Report of the Imperial Institute of Veterinary Research, Muktesar
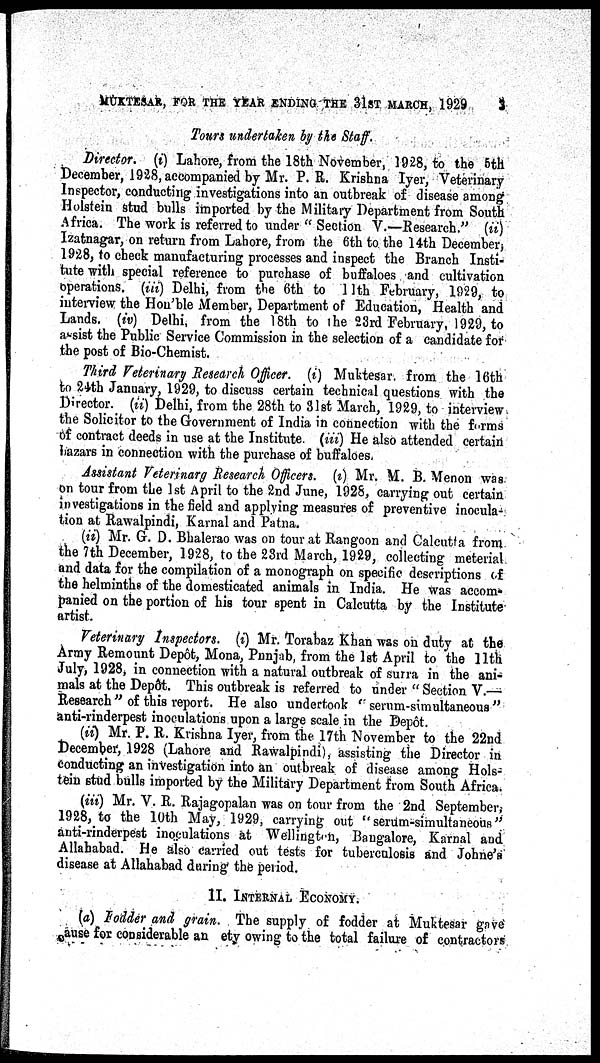
MUKTESAR, FOR THE YEAR ENDING THE 31ST MARCH, 1929
3
Tours undertaken by the Staff.
Director. (i) Lahore, from the 18th November, 1928, to the 5th
December, 1928, accompanied by Mr. P. R. Krishna Iyer, Veterinary
Inspector, conducting investigations into an outbreak of disease among
Holstein stud bulls imported by the Military Department from South
Africa. The work is referred to under " Section V.—Research." (ii)
Izatnagar, on return from Lahore, from the 6th to the 14th December,
1928, to check manufacturing processes and inspect the Branch Insti-
tute with special reference to purchase of buffaloes and cultivation
operations. (iii) Delhi, from the 6th to 11th February, 1929, to
interview the Hon'ble Member, Department of Education, Health and
Lands. (iv) Delhi, from the 18th to the 23rd February, 1929, to
assist the Public Service Commission in the selection of a candidate for
the post of Bio-Chemist.
Third Veterinary Research Officer. (i) Muktesar. from the 16th
to 24th January, 1929, to discuss certain technical questions with the
Director. (ii) Delhi, from the 28th to 31st March, 1929, to interview
the Solicitor to the Government of India in connection with the forms
of contract deeds in use at the Institute. (iii) He also attended certain
bazars in connection with the purchase of buffaloes.
Assistant Veterinarg Research Officers. (i) Mr. M. B. Menon was
on tour from the 1st April to the 2nd June, 1928, carrying out certain
investigations in the field and applying measures of preventive inocula-
tion at Rawalpindi, Karnal and Patna.
(ii) Mr. G. D. Bhalerao was on tour at Rangoon and Calcutta from
the 7th December, 1928, to the 23rd March, 1929, collecting meterial
and data for the compilation of a monograph on specific descriptions of
the helminths of the domesticated animals in India. He was accom¬
panied on the portion of his tour spent in Calcutta by the Institute
artist.
Veterinary Inspectors. (i) Mr. Torabaz Khan was on duty at the
Army Remount Depôt, Mona, Punjab, from the 1st April to the 11th
July, 1928, in connection with a natural outbreak of surra in the ani-
mals at the Depôt. This outbreak is referred to under " Section V.—
Research " of this report. He also undertook " serum-simultaneous "
anti-rinderpest inoculations upon a large scale in the Depôt.
(ii) Mr. P. R. Krishna Iyer, from the 17th November to the 22nd
December, 1928 (Lahore and Rawalpindi), assisting the Director in
conducting an investigation into an outbreak of disease among Hols-
tein stud bulls imported by the Military Department from South Africa.
(iii) Mr. V. R. Rajagopalan was on tour from the 2nd September,
1928, to the 10th May, 1929, carrying out "serum-simultaneous"
anti-rinderpest inoculations at Wellington, Bangalore, Karnal and
Allahabad. He also carried out tests for tuberculosis and Johne's
disease at Allahabad during the period.
II. INTERNAL ECONOMY.
(a) Fodder and grain. The supply of fodder at Muktesar gave
cause for considerable an ety owing to the total failure of contractors